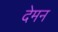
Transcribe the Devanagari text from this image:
देमन